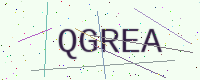
Text: QGREA